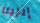
إيرينا